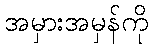
အမှားအမှန်ကို